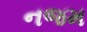
નજમ